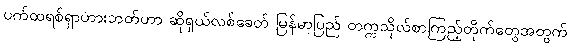
ပက်ထရစ်ရှာဟားဘတ်ဟာ ဆိုရှယ်လစ်ခေတ် မြန်မာပြည် တက္ကသိုလ်စာကြည့်တိုက်တွေအတွက်